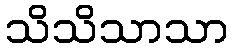
သိသိသာသာ